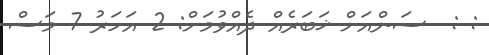
: :  ސަންއަށް ޚަބަރެއް ދެއްވުމަށް: 2 އަހަރު 7 މަސް